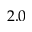
2 . 0